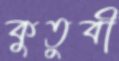
কুতুবী